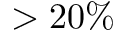
> 2 0 \%